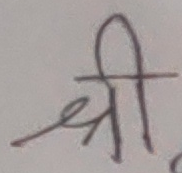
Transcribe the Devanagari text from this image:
श्री